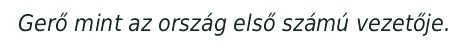
Gerő mint az ország első számú vezetője.